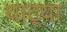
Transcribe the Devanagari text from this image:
घाट्या